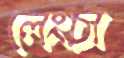
লেংচা